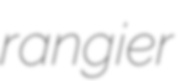
rangier